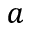
a